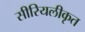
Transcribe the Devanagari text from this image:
सीरियलीकृत